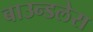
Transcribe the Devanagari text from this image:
बाउन्डलेस